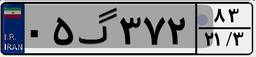
۰۵گ۳۷۲۸۳